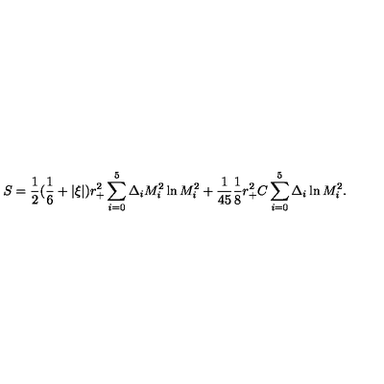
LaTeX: S = { \frac { 1 } { 2 } } ( { \frac { 1 } { 6 } } + | \xi | ) r _ { + } ^ { 2 } \sum _ { i = 0 } ^ { 5 } \Delta _ { i } M _ { i } ^ { 2 } \ln M _ { i } ^ { 2 } + { \frac { 1 } { 4 5 } } { \frac { 1 } { 8 } } r _ { + } ^ { 2 } C \sum _ { i = 0 } ^ { 5 } \Delta _ { i } \ln M _ { i } ^ { 2 } .